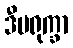
ဒီပရုက္ခာ